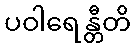
ပဝါရေန္တီတိ